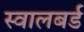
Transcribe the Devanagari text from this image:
स्वालबर्ड